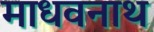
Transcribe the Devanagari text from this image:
माधवनाथ